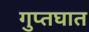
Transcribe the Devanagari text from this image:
गुप्तघात